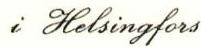
i Helsingfors